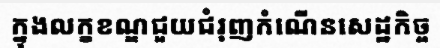
ក្នុងលក្ខខណ្ឌជួយជំរុញកំណើនសេដ្ឋកិច្ច